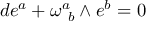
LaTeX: d e ^ { a } + \omega _ { \ b } ^ { a } \wedge e ^ { b } = 0